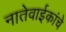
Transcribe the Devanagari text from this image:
नातेवाईकांचे